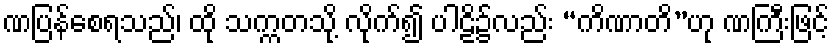
ဏပြန်စေရသည်၊ ထို သက္ကတသို့ လိုက်၍ ပါဠိ၌လည်း “ကိဏာတိ”ဟု ဏကြီးဖြင့်